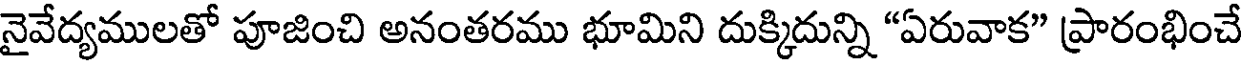
నైవేద్యములతో పూజించి అనంతరము భూమిని దుక్కిదున్ని "ఏరువాక" ప్రారంభించే